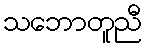
သဘောတူညီ